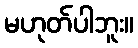
မဟုတ်ပါဘူး။